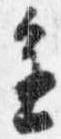
進